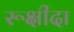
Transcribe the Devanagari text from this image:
रूक्षीदा